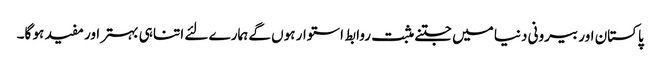
پاکستان اور بیرونی دنیا میں جتنے مثبت روابط استوار ہوں گے ہمارے لئے اتنا ہی بہتر اور مفید ہو گا۔